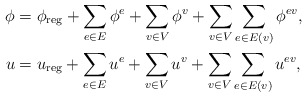
\begin{align*} \phi &= \phi_{\rm reg} + \sum_{e\in E}\phi^e + \sum_{v\in V}\phi^v + \sum_{v\in V}\sum_{e\in E(v)} \phi^{ev}, \\ u &= u_{\rm reg} + \sum_{e\in E}u^e + \sum_{v\in V}u^v + \sum_{v\in V}\sum_{e\in E(v)} u^{ev},\end{align*}